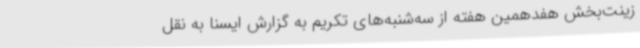
زینت‌بخش هفدهمین هفته از سه‌شنبه‌های‌ تکریم به گزارش ایسنا به نقل